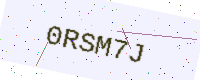
Text: 0RSM7J